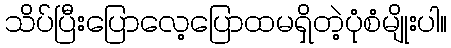
သိပ်ပြီးပြောလေ့ပြောထမရှိတဲ့ပုံစံမျိုးပါ။